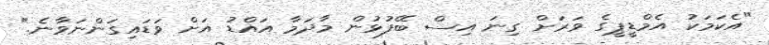
"އެކަމަކު އެމްޑީޕީގެ ވަރަށް ގިނަ އިސް ބޭފުޅުން މާދަމާ އައްޑު އަށް ވަޑައިގަންނަވާނެ."